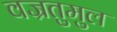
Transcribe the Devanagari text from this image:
वज्रतुमुल